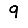
Digit: 9